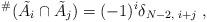
LaTeX: \begin{align*}{}^{\#}(\tilde{A}_i \cap \tilde{A}_j) = (-1)^i \delta_{N-2,\; i+j}\;,\end{align*}